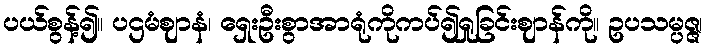
ပယ်စွန့်၍။ ပဌမံဈာနံ၊ ရှေးဦးစွာအာရုံကိုကပ်၍ရှုခြင်းဈာန်ကို။ ဥပသမ္ပဇ္ဇ၊